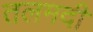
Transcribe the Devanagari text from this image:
तलमदी